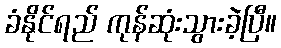
ခံနိုင်ရည် ကုန်ဆုံးသွားခဲ့ပြီ။